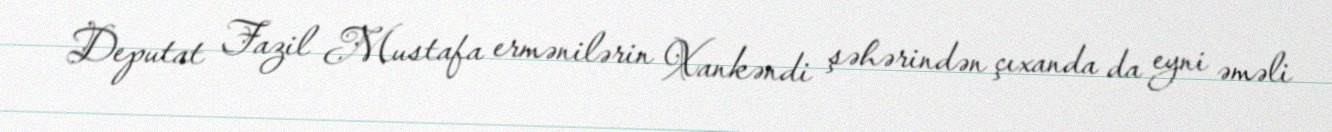
Deputat Fazil Mustafa ermənilərin Xankəndi şəhərindən çıxanda da eyni əməli